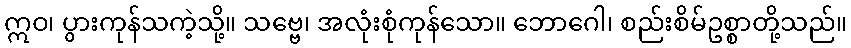
ဣဝ၊ ပွားကုန်သကဲ့သို့။ သဗ္ဗေ၊ အလုံးစုံကုန်သော။ ဘောဂေါ၊ စည်းစိမ်ဥစ္စာတို့သည်။